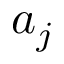
a _ { j }